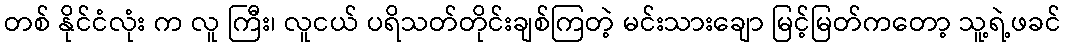
တစ် နိုင်ငံလုံး က လူ ကြီး၊ လူငယ် ပရိသတ်တိုင်းချစ်ကြတဲ့ မင်းသားချော မြင့်မြတ်ကတော့ သူ့ရဲ့ဖခင်